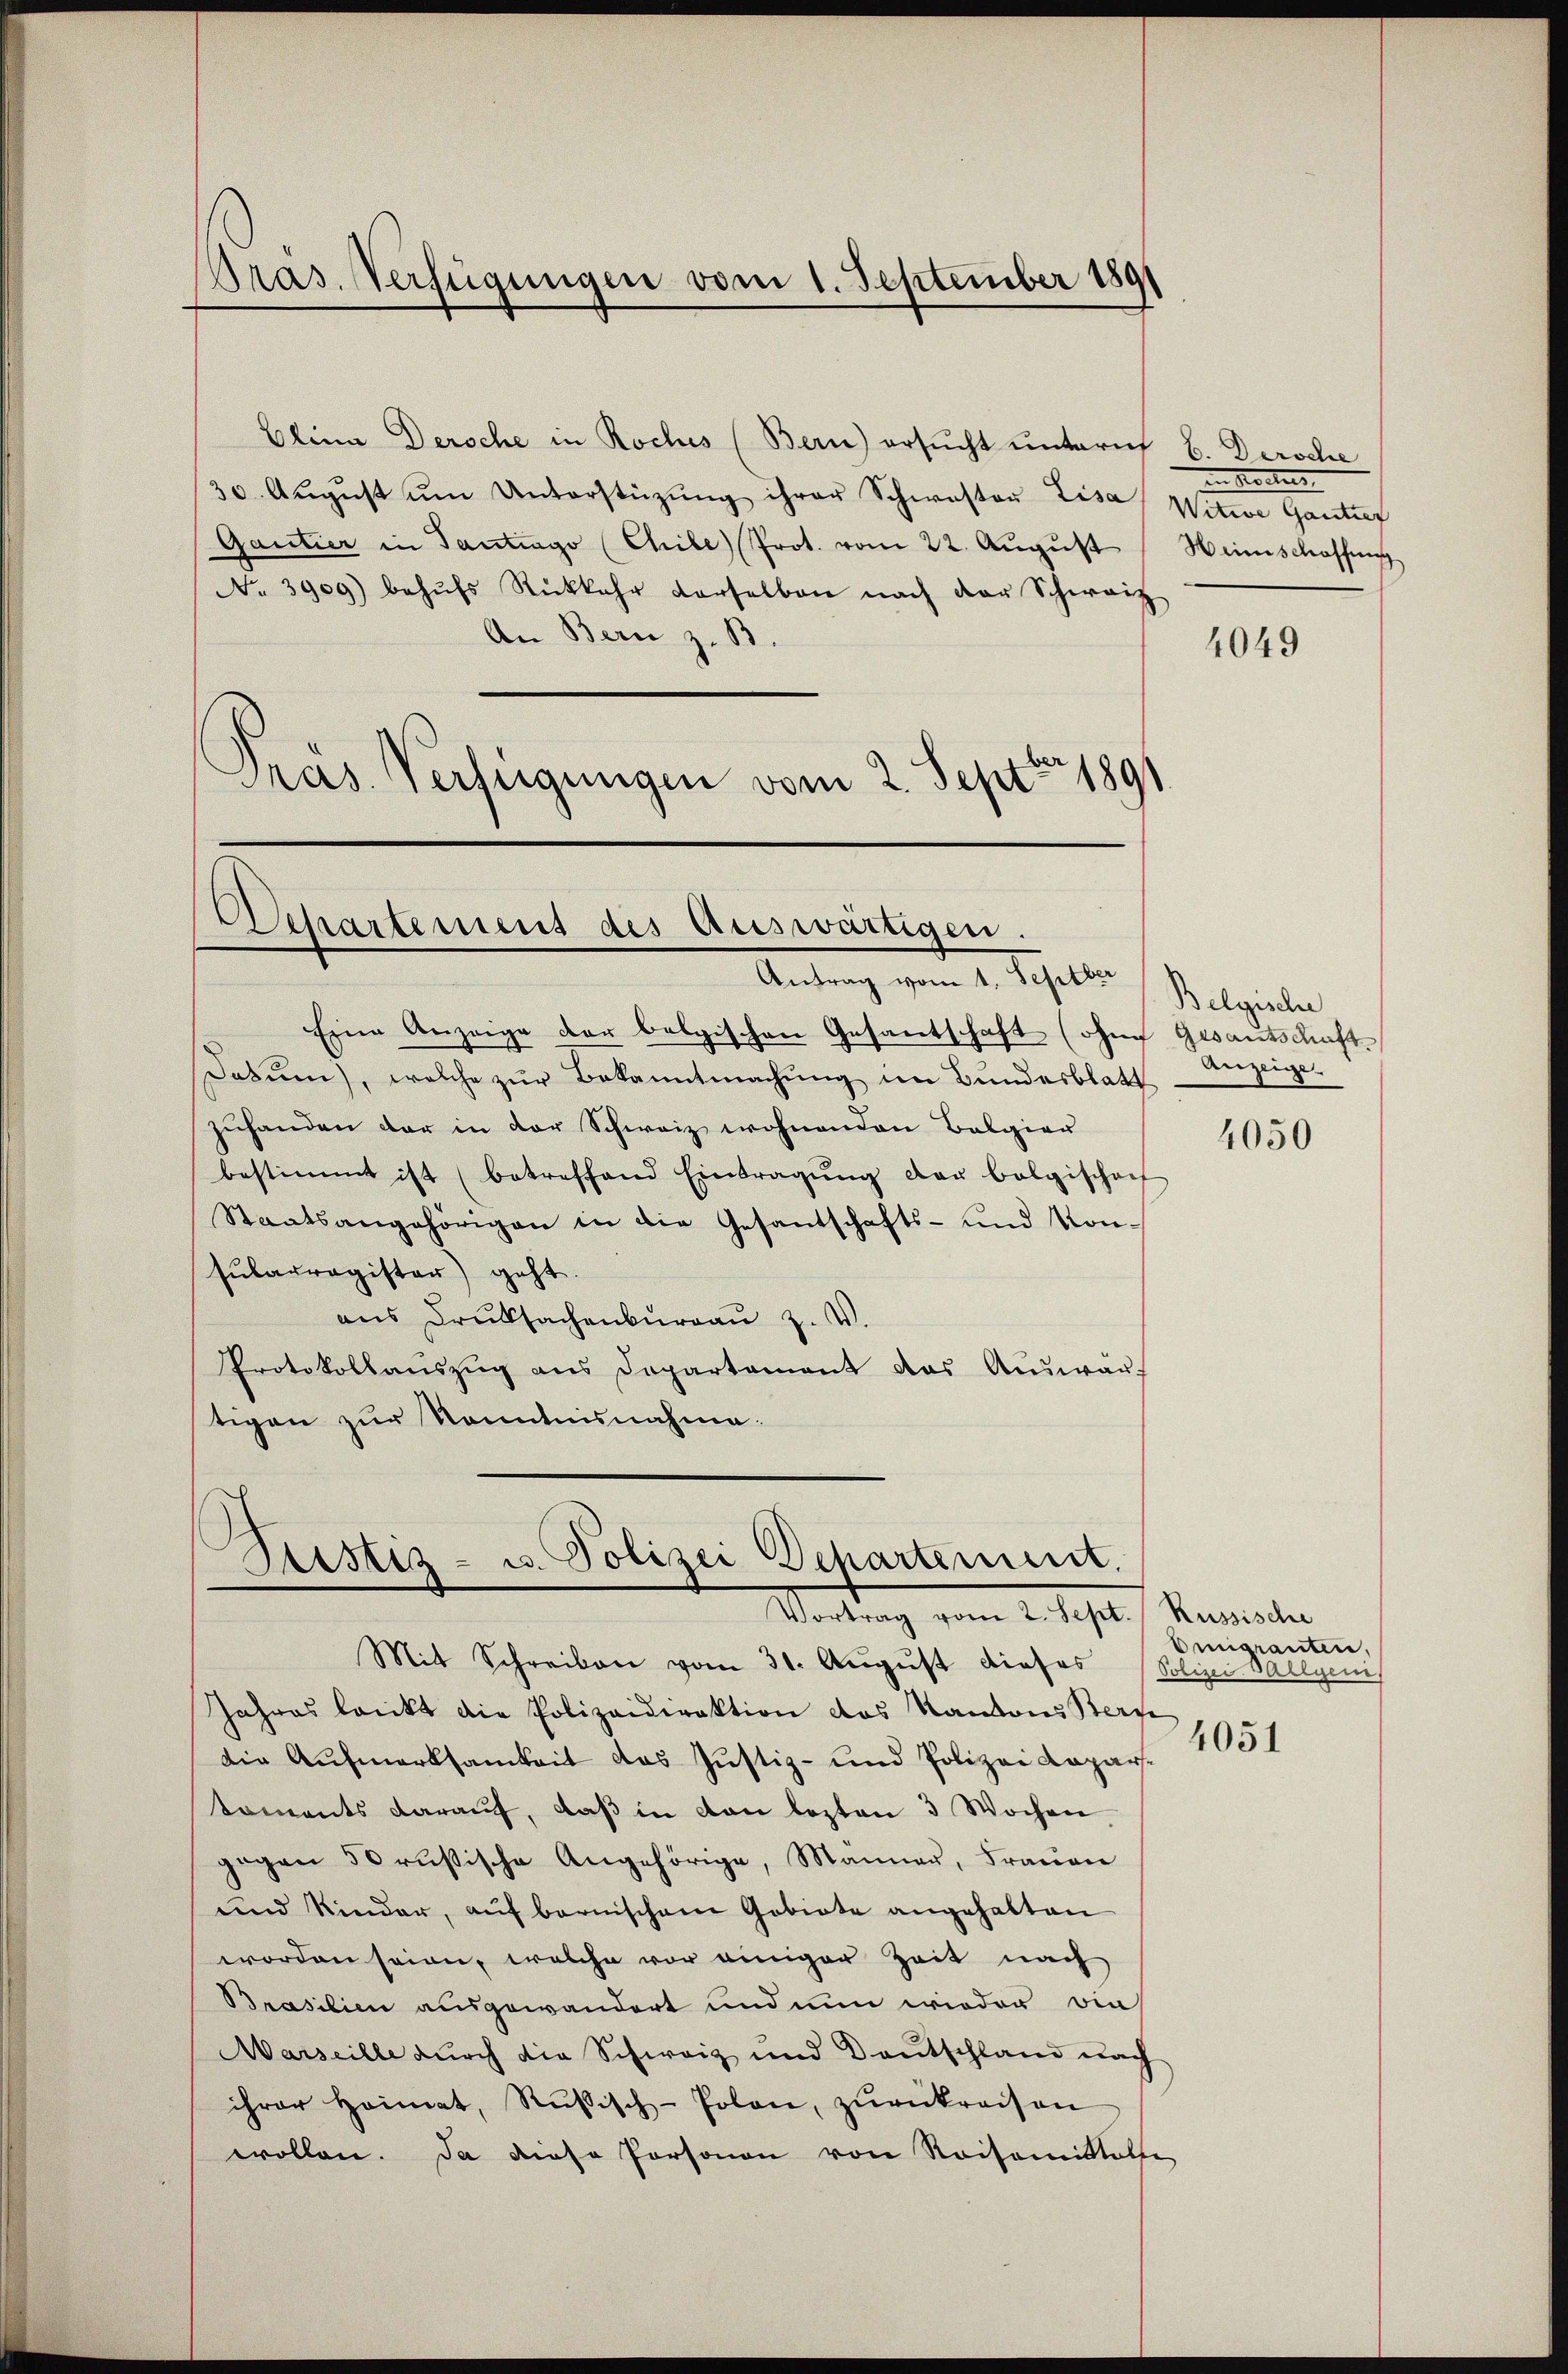
Olina Dersche in Roches (Bern) ersucht unterm 6. Dersche
30. Aŭgŭst ŭm Unterstützŭng ihrer Schwaston Lisa Witwe Gantref
Gantier in Tantrago (Chile) Prot. vom 22. August
No. 3909) behŭfs Rückkehr verselben nach der Schweiz
An Bern z. B.
Pras. Verfügungen vom 2. Sept. 1891

Pras. Verfügungen vom 1. September 189

Departement des Auswärtigen.
Antrag vom 1. Septber

Eine Anzeige der belgischen Gesantschaft (ohne Gesantschaft
Dabŭm, welche zŭr Bekanntmachung im Bundesblatt
zuhanden der in der Schweiz wohnenden Balgier
bestimmt ist (betreffend Eintragŭng der belgischenf
Staatsangehörigen in die Gesantschafts- und Konsularregister) geht.
aus Druksachenburgau Z. V.
Protokollaŭszŭg ans Departament das Aŭswaŭf
tigen zur Kenntnisnahme.

Sistiz- u. Polizei Departement.
Vortrag vom 2. Sept. Russische

an Kostens
Heimschaffung

Mit Schreiben vom 31. August dieses Polizei-Sallyeni
Jahres lenkt die Polizeidirektion des Kantons Berne
die Aufmerksamkeit das Justiz- und Polizei Kaparkoments darauf, daβ in con lezten 3 Wochen
gegen 50 rŭsische Angehörige, Manner, Fraŭen
und Kinder, aŭf bernischem Gebiete angehalten
worden seien, welche vor einiger Zeit nach
Brasilien ausgewandert und nun wieder ein
Marseille durch die Schweiz und Deutschland nach
ihrer Heimat, Rußisch-Polon, zŭrückreisen
wollen. Da diese Personen von Reisemittäthe

4049

Belgische,
Anzeige.

4050

Emigranten,
4051